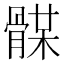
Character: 𩩥